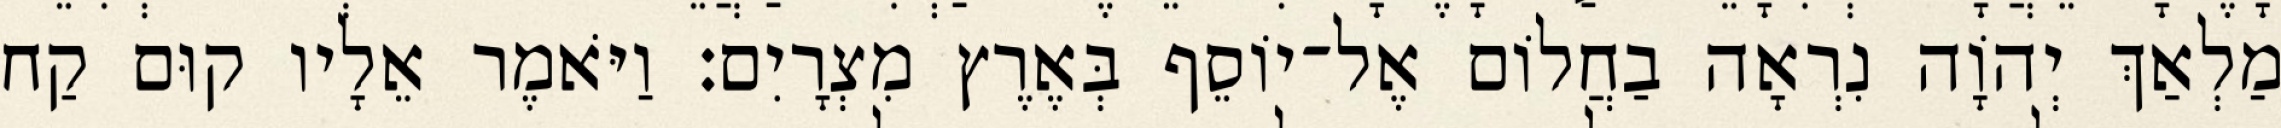
מַלְאַךְ יְהוָֹה נִרְאָה בַחֲלוֹם אֶל־יוֹסֵף בְּאֶרֶץ מִצְרָיִם׃ וַיֹּאמֶר אֵלָיו קוּם קַח